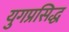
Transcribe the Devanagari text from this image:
युगप्रसिद्ध